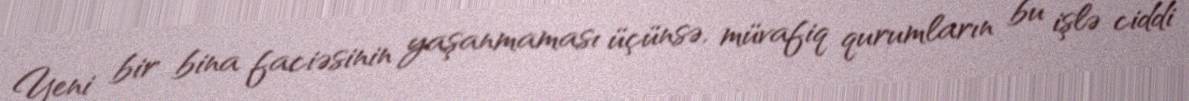
Yeni bir bina faciəsinin yaşanmaması üçünsə, müvafiq qurumların bu işlə ciddi